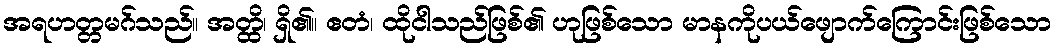
အရဟတ္တမဂ်သည်။ အတ္ထိ၊ ရှိ၏။ ဧတံ၊ ထိုငါသည်ဖြစ်၏ ဟုဖြစ်သော မာနကိုပယ်ဖျောက်ကြောင်းဖြစ်သော